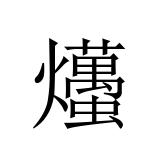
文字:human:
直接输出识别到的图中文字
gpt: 爡